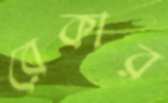
রেকার